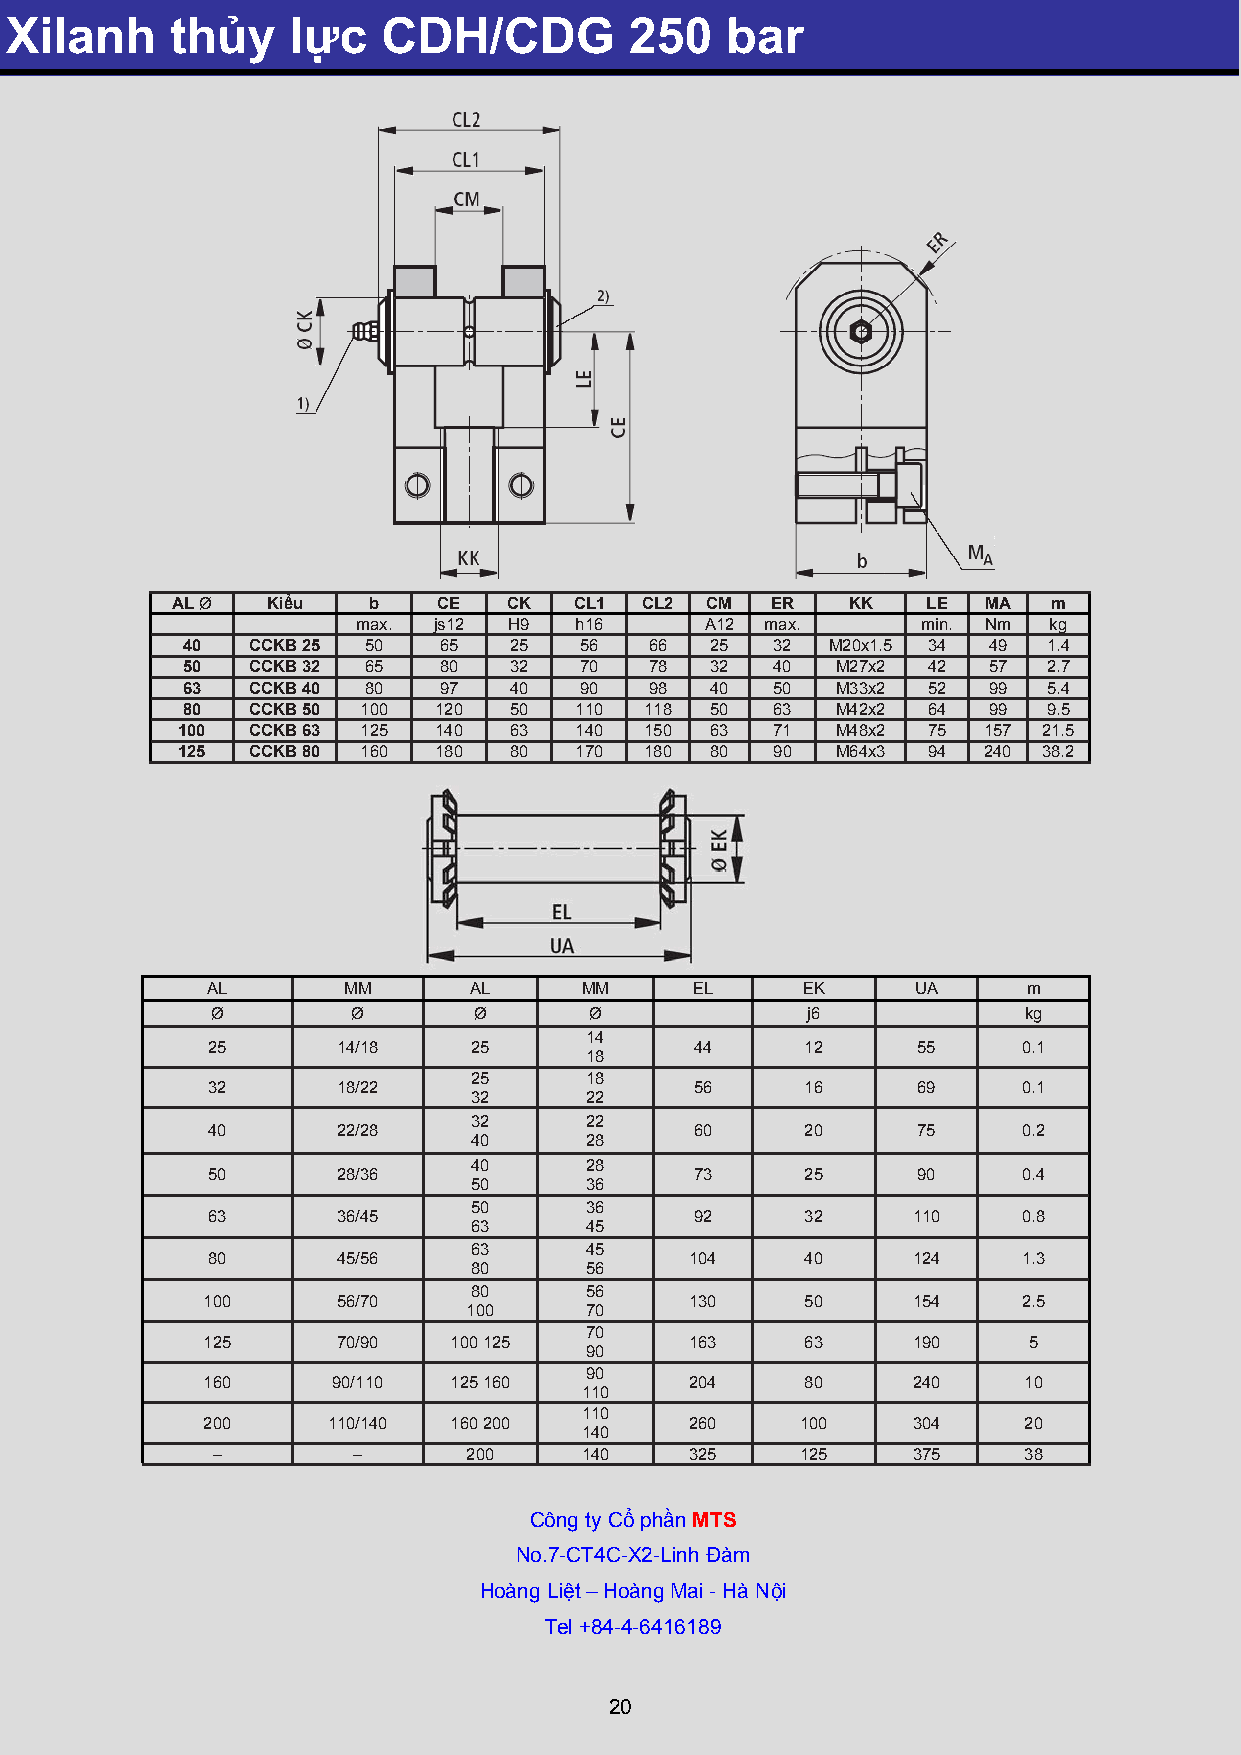
Xilanh     thủy    lực   CDH/CDG          250   bar
 AL Ø   Kiểu  b    CE   CK  CL1 CL2  CM  ER   KK   LE  MA   m
 max. js12 H9  h16      A12 max.      min. Nm kg
 40   CCKB 25 50  65   25  56   66  25  32  M20x1.5 34 49 1.4
 50   CCKB 32 65  80   32  70   78  32  40  M27x2 42  57  2.7
 63   CCKB 40 80  97   40  90   98  40  50  M33x2 52  99  5.4
 80   CCKB 50 100 120  50  110  118 50  63  M42x2 64  99  9.5
 100  CCKB 63 125 140  63  140  150 63  71  M48x2 75  157 21.5
 125  CCKB 80 160 180  80  170  180 80  90  M64x3 94  240 38.2
 AL       MM      AL     MM      EL     EK      UA     m
 Ø        Ø       Ø       Ø             j6             kg
 14
 25      14/18    25             44     12      55     0.1
 18
 25      18
 32      18/22                   56     16      69     0.1
 32      22
 32      22
 40      22/28                   60     20      75     0.2
 40      28
 40      28
 50      28/36                   73     25      90     0.4
 50      36
 50      36
 63      36/45                   92     32     110     0.8
 63      45
 63      45
 80      45/56                   104    40     124     1.3
 80      56
 80      56
 100      56/70                   130    50     154     2.5
 100     70
 70
 125      70/90   100 125         163    63     190     5
 90
 90
 160      90/110  125 160         204    80     240     10
 110
 110
 200      110/140 160 200         260    100    304     20
 140
 –        –       200    140     325    125    375     38
 Công ty Cổ phần MTS
 No.7-CT4C-X2-Linh Đàm
 Hoàng Liệt – Hoàng Mai - Hà Nội
 Tel +84-4-6416189
 20